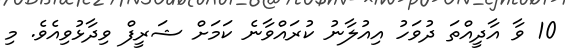
10 ވާ އާދީއްތަ ދުވަހު އިއުލާނު ކުރައްވާނެ ކަމަށް ޝަރީފް ވިދާޅުވިއެވެ. މި